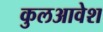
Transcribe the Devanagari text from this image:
कुलआवेश